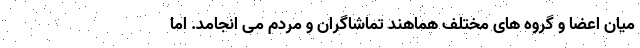
میان اعضا و گروه های مختلف هماهند تماشاگران و مردم می انجامد. اما